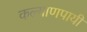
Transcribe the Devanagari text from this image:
कल्याणपायीं